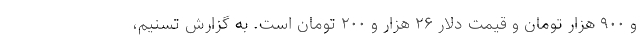
و ۹۰۰ هزار تومان و قیمت دلار ۲۶ هزار و ۲۰۰ تومان است. به گزارش تسنیم،